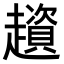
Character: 𧾒